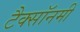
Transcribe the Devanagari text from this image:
टैक्सॉनमी